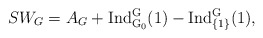
\begin{align*} SW_G=A_G+\rm{Ind}_{G_0}^{G}(1)-\rm{Ind}_{\{1\}}^{G}(1),\end{align*}